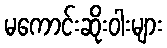
မကောင်းဆိုးဝါးများ